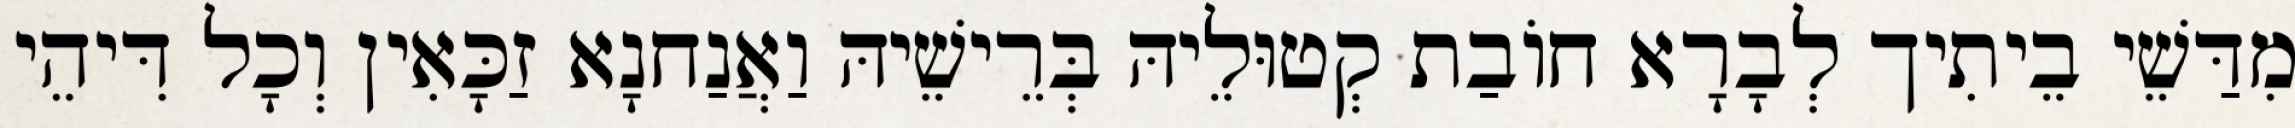
מִדַּשֵׁי בֵיתִיך לְבָרָא חוֹבַת קְטוּלֵיהּ בְּרֵישֵׁיהּ וַאֲנַחנָא זַכָּאִין וְכָל דִּיהֵי